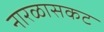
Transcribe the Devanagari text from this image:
नारळासकट